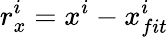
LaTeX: r_{x}^{i}=x^{i}-x_{fit}^{i}